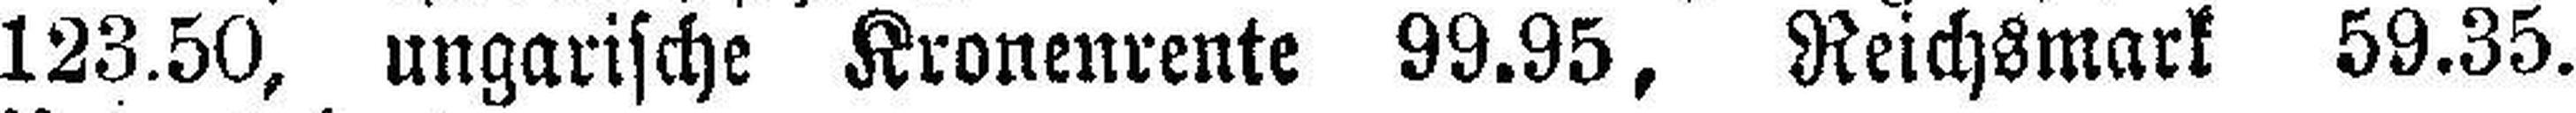
123.50, ungarische Kronenrente 99.95, Reichsmark 59.35.